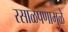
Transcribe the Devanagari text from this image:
रसाळपणामुळे